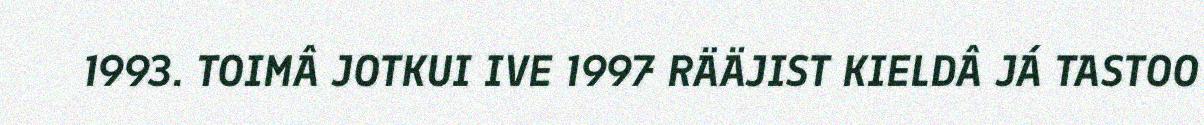
1993. TOIMÂ JOTKUI IVE 1997 RÄÄJIST KIELDÂ JÁ TASTOO